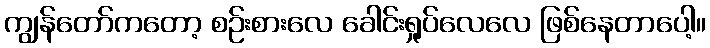
ကျွန်တော်ကတော့ စဉ်းစားလေ ခေါင်းရှုပ်လေလေ ဖြစ်နေတာပေါ့။